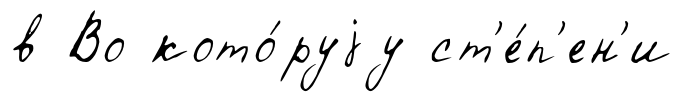
в Во кото́руjу ст'е́п'ен'и